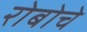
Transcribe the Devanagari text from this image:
रोबोचे